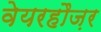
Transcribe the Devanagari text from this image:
वेयरहौज़र